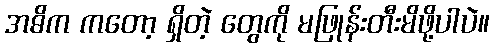
အဓိက ကတော့ ရှိတဲ့ တွေကို မဖြုန်းတီးမိဖို့ပါပဲ။